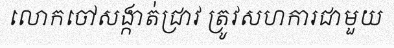
លោកចៅសង្កាត់ជ្រាវ ត្រូវសហការជាមួយ